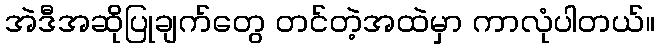
အဲဒီအဆိုပြုချက်တွေ တင်တဲ့အထဲမှာ ကာလုံပါတယ်။